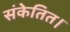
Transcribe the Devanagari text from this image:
संकेतित।